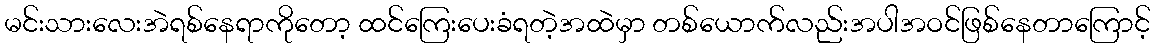
မင်းသားလေးအဲရစ်နေရာကိုတော့ ထင်ကြေးပေးခံရတဲ့အထဲမှာ တစ်ယောက်လည်းအပါအဝင်ဖြစ်နေတာကြောင့်